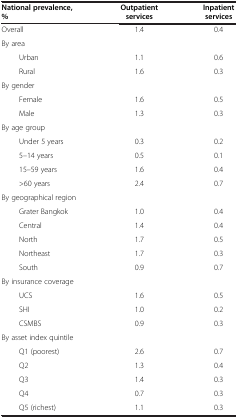
<table><thead><tr><td><b>National prevalence, %</b></td><td><b>Outpatient services</b></td><td><b>Inpatient services</b></td></tr></thead><tbody><tr><td>Overall</td><td>1.4</td><td>0.4</td></tr><tr><td>By area</td><td> </td><td> </td></tr><tr><td>Urban</td><td>1.1</td><td>0.6</td></tr><tr><td>Rural</td><td>1.6</td><td>0.3</td></tr><tr><td>By gender</td><td> </td><td> </td></tr><tr><td>Female</td><td>1.6</td><td>0.5</td></tr><tr><td>Male</td><td>1.3</td><td>0.3</td></tr><tr><td>By age group</td><td> </td><td> </td></tr><tr><td>Under 5 years</td><td>0.3</td><td>0.2</td></tr><tr><td>5–14 years</td><td>0.5</td><td>0.1</td></tr><tr><td>15–59 years</td><td>1.6</td><td>0.4</td></tr><tr><td>&gt;60 years</td><td>2.4</td><td>0.7</td></tr><tr><td>By geographical region</td><td> </td><td> </td></tr><tr><td>Grater Bangkok</td><td>1.0</td><td>0.4</td></tr><tr><td>Central</td><td>1.4</td><td>0.4</td></tr><tr><td>North</td><td>1.7</td><td>0.5</td></tr><tr><td>Northeast</td><td>1.7</td><td>0.3</td></tr><tr><td>South</td><td>0.9</td><td>0.7</td></tr><tr><td>By insurance coverage</td><td> </td><td> </td></tr><tr><td>UCS</td><td>1.6</td><td>0.5</td></tr><tr><td>SHI</td><td>1.0</td><td>0.2</td></tr><tr><td>CSMBS</td><td>0.9</td><td>0.3</td></tr><tr><td>By asset index quintile</td><td> </td><td> </td></tr><tr><td>Q1 (poorest)</td><td>2.6</td><td>0.7</td></tr><tr><td>Q2</td><td>1.3</td><td>0.4</td></tr><tr><td>Q3</td><td>1.4</td><td>0.3</td></tr><tr><td>Q4</td><td>0.7</td><td>0.3</td></tr><tr><td>Q5 (richest)</td><td>1.1</td><td>0.3</td></tr></tbody></table>